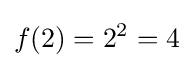
f(2)=2^{2}=4